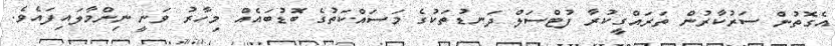
އެގޮތުން ސަރުކާރުން ތަރައްގީކުރާ ފުޓްސަލް ދަނޑުތަކުގެ މަސައްކަތުގެ ބޮޑުބައެއް މިހާރު ވަނީ ނިންމާލައިފައެވެ.